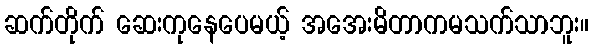
ဆက်တိုက် ဆေးကုနေပေမယ့် အအေးမိတာကမသက်သာဘူး။